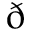
\eth